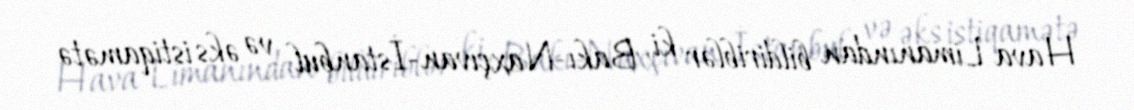
Hava Limanından bildiriblər ki, Bakı-Naxçıvan-İstanbul və əks istiqamətə